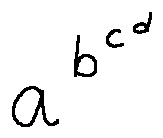
a ^ { b ^ { c ^ { d } } }